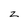
Character: z